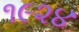
૧૯૨૪